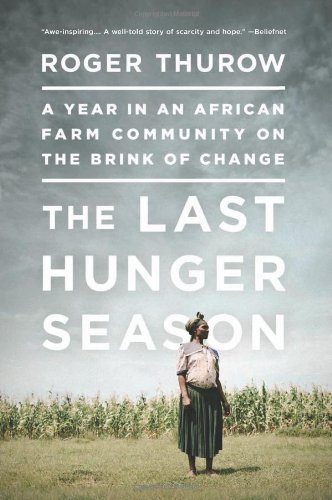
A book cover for The Last Hunger Season: A Year in an African Farm Community on the Brink of Change; Roger Thurow; History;